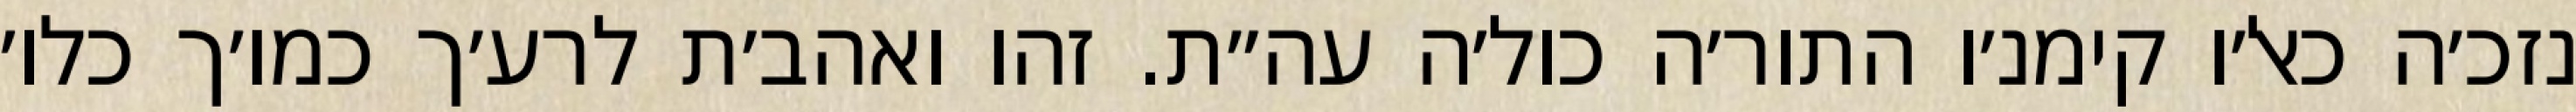
נזכ׳ה כאל׳ו קימנ׳ו התור׳ה כול׳ה עה״ת. זהו ואהב׳ת לרע׳ך כמו׳ך כלו׳